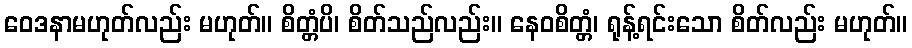
ဝေဒနာမဟုတ်လည်း မဟုတ်။ စိတ္တံပိ၊ စိတ်သည်လည်း။ နေဝစိတ္တံ၊ ရုန့်ရင်းသော စိတ်လည်း မဟုတ်။